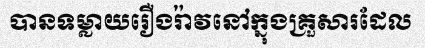
បានទម្លាយរឿងរ៉ាវនៅក្នុងគ្រួសារដែល